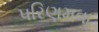
પરિણમવા